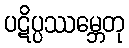
ပဋိပ္ပဿမ္ဘေတု